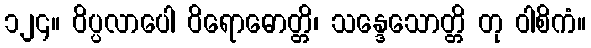
၁၂၄။ ဝိပ္ပလာပေါ ဝိရောဓောတ္တိ၊ သန္ဒေသောတ္တိ တု ဝါစိကံ။